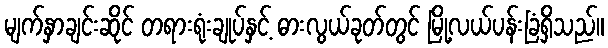
မျက်နှာချင်းဆိုင် တရားရုံးချုပ်နှင့် ဓားလွယ်ခုတ်တွင် မြို့လယ်ပန်းခြံရှိသည်။